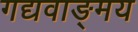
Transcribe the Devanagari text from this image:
गद्यवाङ्‌मय